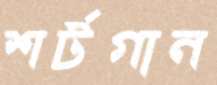
শর্টগান